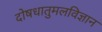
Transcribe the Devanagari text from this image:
दोषधातुमलविज्ञान